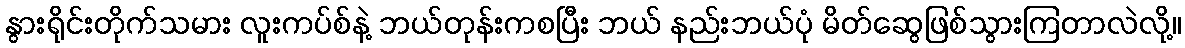
နွားရိုင်းတိုက်သမား လူးကပ်စ်နဲ့ ဘယ်တုန်းကစပြီး ဘယ် နည်းဘယ်ပုံ မိတ်ဆွေဖြစ်သွားကြတာလဲလို့။